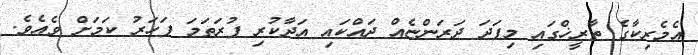
އެމެރިކާގެ ތާރީޚްގައި މިފަދަ ދަރަންޏެއް ދައްކައި އަދާކުރި ފުރަތަމަ ފަހަރު ކަމަށް ވެއެވެ.